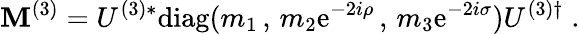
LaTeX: \mathbf{M}^{(3)}=U^{(3)*}\mathrm{{diag}}(m_{1}\, ,\, m_{2}\mathrm{{e}}^{-2i\rho}\, ,\, m_{3}\mathrm{{e}}^{-2i\sigma})U^{(3)\dagger}\; .